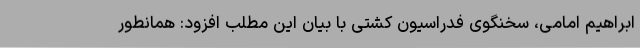
ابراهیم امامی، سخنگوی فدراسیون کشتی با بیان این مطلب افزود: همانطور